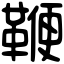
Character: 鞭